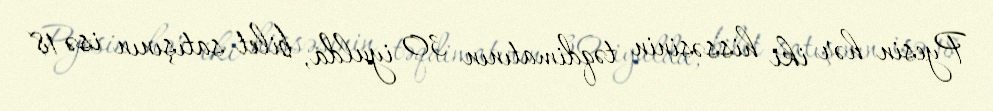
Pyesin hər iki hissəsinin təqdimatının 30 iyulda, bilet satışının isə 18